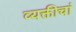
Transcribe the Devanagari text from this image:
व्यक्तीचां